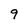
Character: q